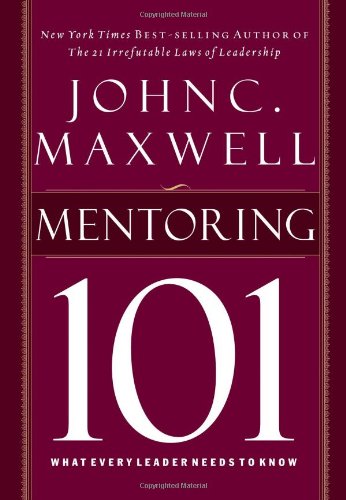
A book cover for Mentoring 101; John C. Maxwell; Business & Money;